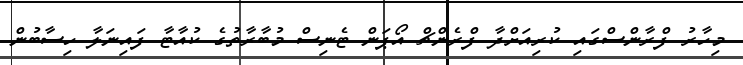
މިހާރު ފްރާންސްގައި ކުރިއަށްދާ ފްރެންޗް އޯޕަން ޓެނިސް މުބާރާތުގެ ކުއާޓާ ފައިނަލާ ހިސާބުން